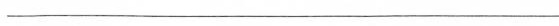
______________________